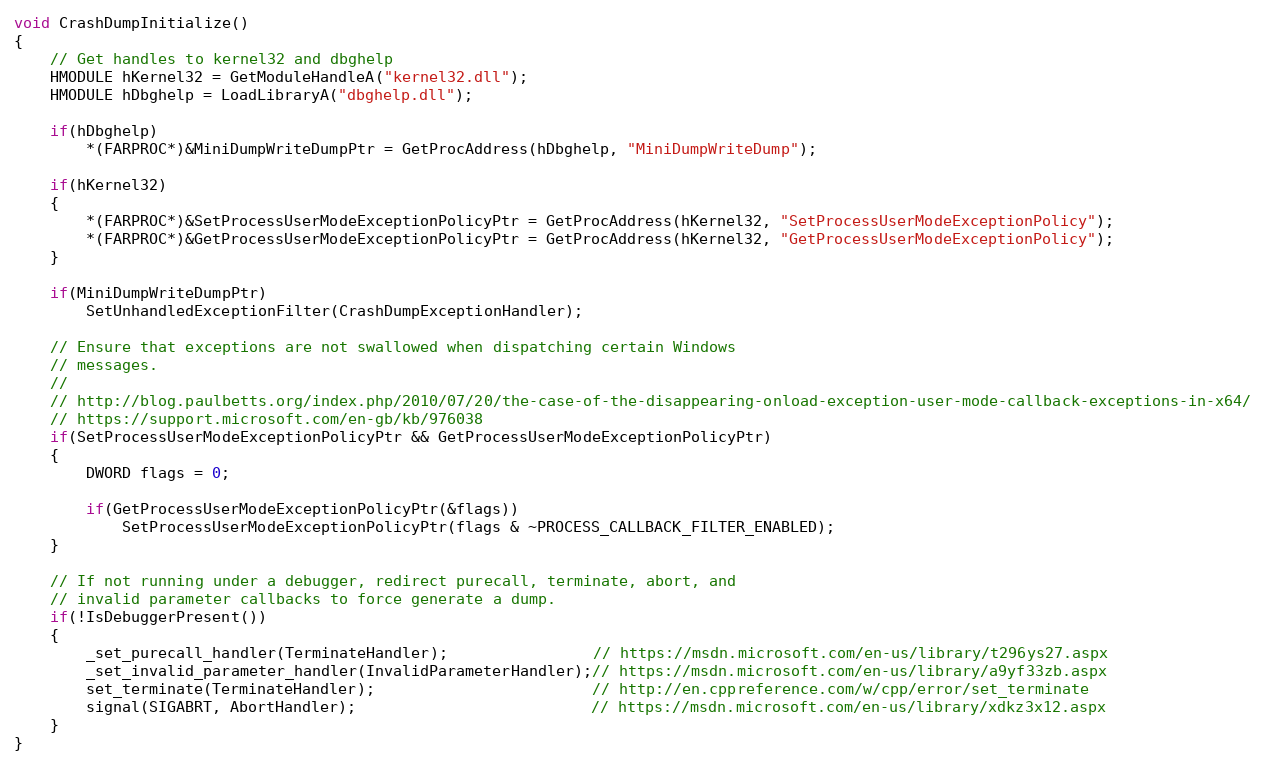
Language: C++
void CrashDumpInitialize()
{
    // Get handles to kernel32 and dbghelp
    HMODULE hKernel32 = GetModuleHandleA("kernel32.dll");
    HMODULE hDbghelp = LoadLibraryA("dbghelp.dll");

    if(hDbghelp)
        *(FARPROC*)&MiniDumpWriteDumpPtr = GetProcAddress(hDbghelp, "MiniDumpWriteDump");

    if(hKernel32)
    {
        *(FARPROC*)&SetProcessUserModeExceptionPolicyPtr = GetProcAddress(hKernel32, "SetProcessUserModeExceptionPolicy");
        *(FARPROC*)&GetProcessUserModeExceptionPolicyPtr = GetProcAddress(hKernel32, "GetProcessUserModeExceptionPolicy");
    }

    if(MiniDumpWriteDumpPtr)
        SetUnhandledExceptionFilter(CrashDumpExceptionHandler);

    // Ensure that exceptions are not swallowed when dispatching certain Windows
    // messages.
    //
    // http://blog.paulbetts.org/index.php/2010/07/20/the-case-of-the-disappearing-onload-exception-user-mode-callback-exceptions-in-x64/
    // https://support.microsoft.com/en-gb/kb/976038
    if(SetProcessUserModeExceptionPolicyPtr && GetProcessUserModeExceptionPolicyPtr)
    {
        DWORD flags = 0;

        if(GetProcessUserModeExceptionPolicyPtr(&flags))
            SetProcessUserModeExceptionPolicyPtr(flags & ~PROCESS_CALLBACK_FILTER_ENABLED);
    }

    // If not running under a debugger, redirect purecall, terminate, abort, and
    // invalid parameter callbacks to force generate a dump.
    if(!IsDebuggerPresent())
    {
        _set_purecall_handler(TerminateHandler);                // https://msdn.microsoft.com/en-us/library/t296ys27.aspx
        _set_invalid_parameter_handler(InvalidParameterHandler);// https://msdn.microsoft.com/en-us/library/a9yf33zb.aspx
        set_terminate(TerminateHandler);                        // http://en.cppreference.com/w/cpp/error/set_terminate
        signal(SIGABRT, AbortHandler);                          // https://msdn.microsoft.com/en-us/library/xdkz3x12.aspx
    }
}